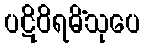
ပဋိဝိရမိံသုပေ